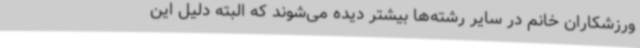
ورزشکاران خانم در سایر رشته‌ها بیشتر دیده می‌شوند که البته دلیل این